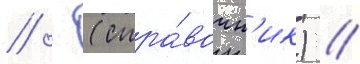
// - (спра́вочн'ик) //